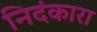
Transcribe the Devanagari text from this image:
निदंकारा